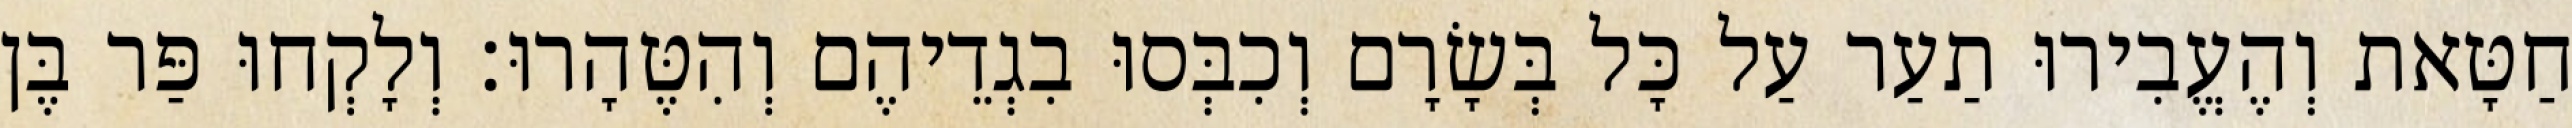
חַטָּאת וְהֶעֱבִירוּ תַעַר עַל כָּל בְּשָׂרָם וְכִבְּסוּ בִגְדֵיהֶם וְהִטֶּהָרוּ׃ וְלָקְחוּ פַּר בֶּן